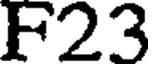
F23